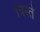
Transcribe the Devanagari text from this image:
त्रिस्ते